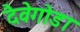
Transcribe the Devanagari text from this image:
दैवेगोडा